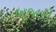
બજારો